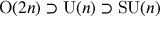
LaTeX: \mathrm { O } ( 2 n ) \supset \mathrm { U } ( n ) \supset \mathrm { S U } ( n )